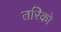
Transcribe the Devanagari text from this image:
तरिको